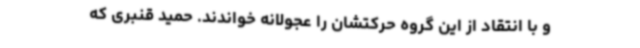
و با انتقاد از این گروه حرکتشان را عجولانه خواندند. حمید قنبری که